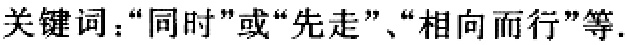
关键词：“同时”或“先走”、“相向而行”等.